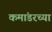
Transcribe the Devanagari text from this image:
कमांडरच्या